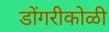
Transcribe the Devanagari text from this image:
डोंगरीकोळी